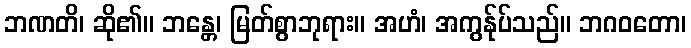
ဘဏတိ၊ ဆို၏။ ဘန္တေ၊ မြတ်စွာဘုရား။ အဟံ၊ အကွန်ုပ်သည်။ ဘဂဝတော၊